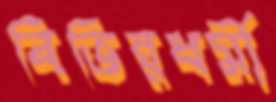
বিভিন্নধর্মী